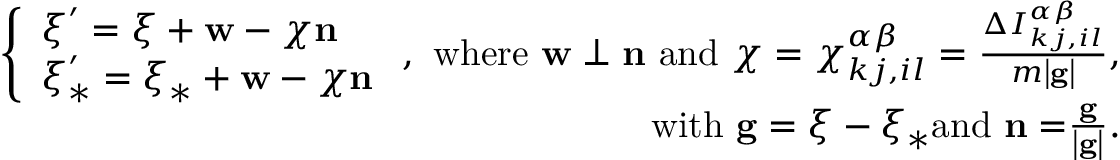
\begin{array} { r l r } & { } & { \left\{ \begin{array} { l } { \boldsymbol { \xi } ^ { \prime } = \boldsymbol { \xi } + \mathbf { w } - \chi \mathbf { n } } \\ { \boldsymbol { \xi } _ { \ast } ^ { \prime } = \boldsymbol { \xi } _ { \ast } + \mathbf { w } - \chi \mathbf { n } } \end{array} \right. \mathrm { , ~ w h e r e ~ } \mathbf { w } \perp \mathbf { n } \mathrm { ~ a n d ~ } \chi = \chi _ { k j , i l } ^ { \alpha \beta } = \frac { \Delta I _ { k j , i l } ^ { \alpha \beta } } { m \left\vert \mathbf { g } \right\vert } \mathrm { , } } \\ & { } & { \mathrm { ~ w i t h ~ } \mathbf { g } = \boldsymbol { \xi } - \boldsymbol { \xi } _ { \ast } \mathrm { a n d ~ } \mathbf { n = } \frac { \mathbf { g } } { \left\vert \mathbf { g } \right\vert } \mathrm { . } } \end{array}